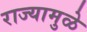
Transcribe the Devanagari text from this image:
राज्यामुळे